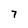
Character: 7